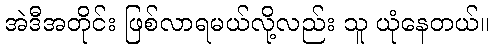
အဲဒီအတိုင်း ဖြစ်လာရမယ်လို့လည်း သူ ယုံနေတယ်။